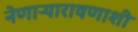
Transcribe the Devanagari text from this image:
नेणाऱ्यारावणाशी